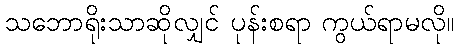
သဘောရိုးသာဆိုလျှင် ပုန်းစရာ ကွယ်ရာမလို။